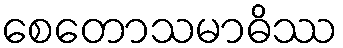
စေတောသမာဓိဿ